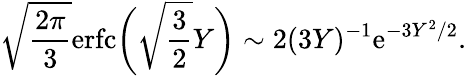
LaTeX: \sqrt{\frac{2\pi}{3}}\textrm{erfc}\biggl(\sqrt{\frac{3}{2}}Y\biggr)\sim 2(3Y)^{-1}\textrm{e}^{-3Y^{2}/2}.